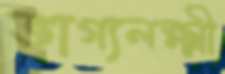
ভাগ্যলক্ষ্মী